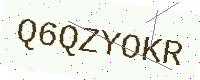
Text: Q6QZYOKR